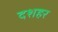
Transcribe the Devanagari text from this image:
दशहर